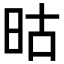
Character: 𬀬